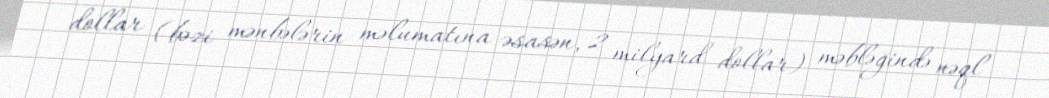
dollar (bəzi mənbələrin məlumatına əsasən, 2 milyard dollar) məbləğində nəql